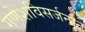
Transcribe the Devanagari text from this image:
गणेशविसर्जनाने